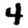
Digit: 4